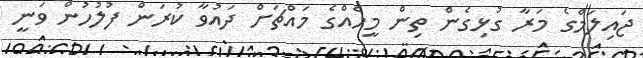
ޖައިލަމްގެ މަރާ ގުޅިގެން ތިން މީހެއްގެ މައްޗަށް ދައުވާ ކުރަން ފުލުހުން ވަނީ